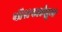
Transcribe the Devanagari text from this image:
बोलपटांतून